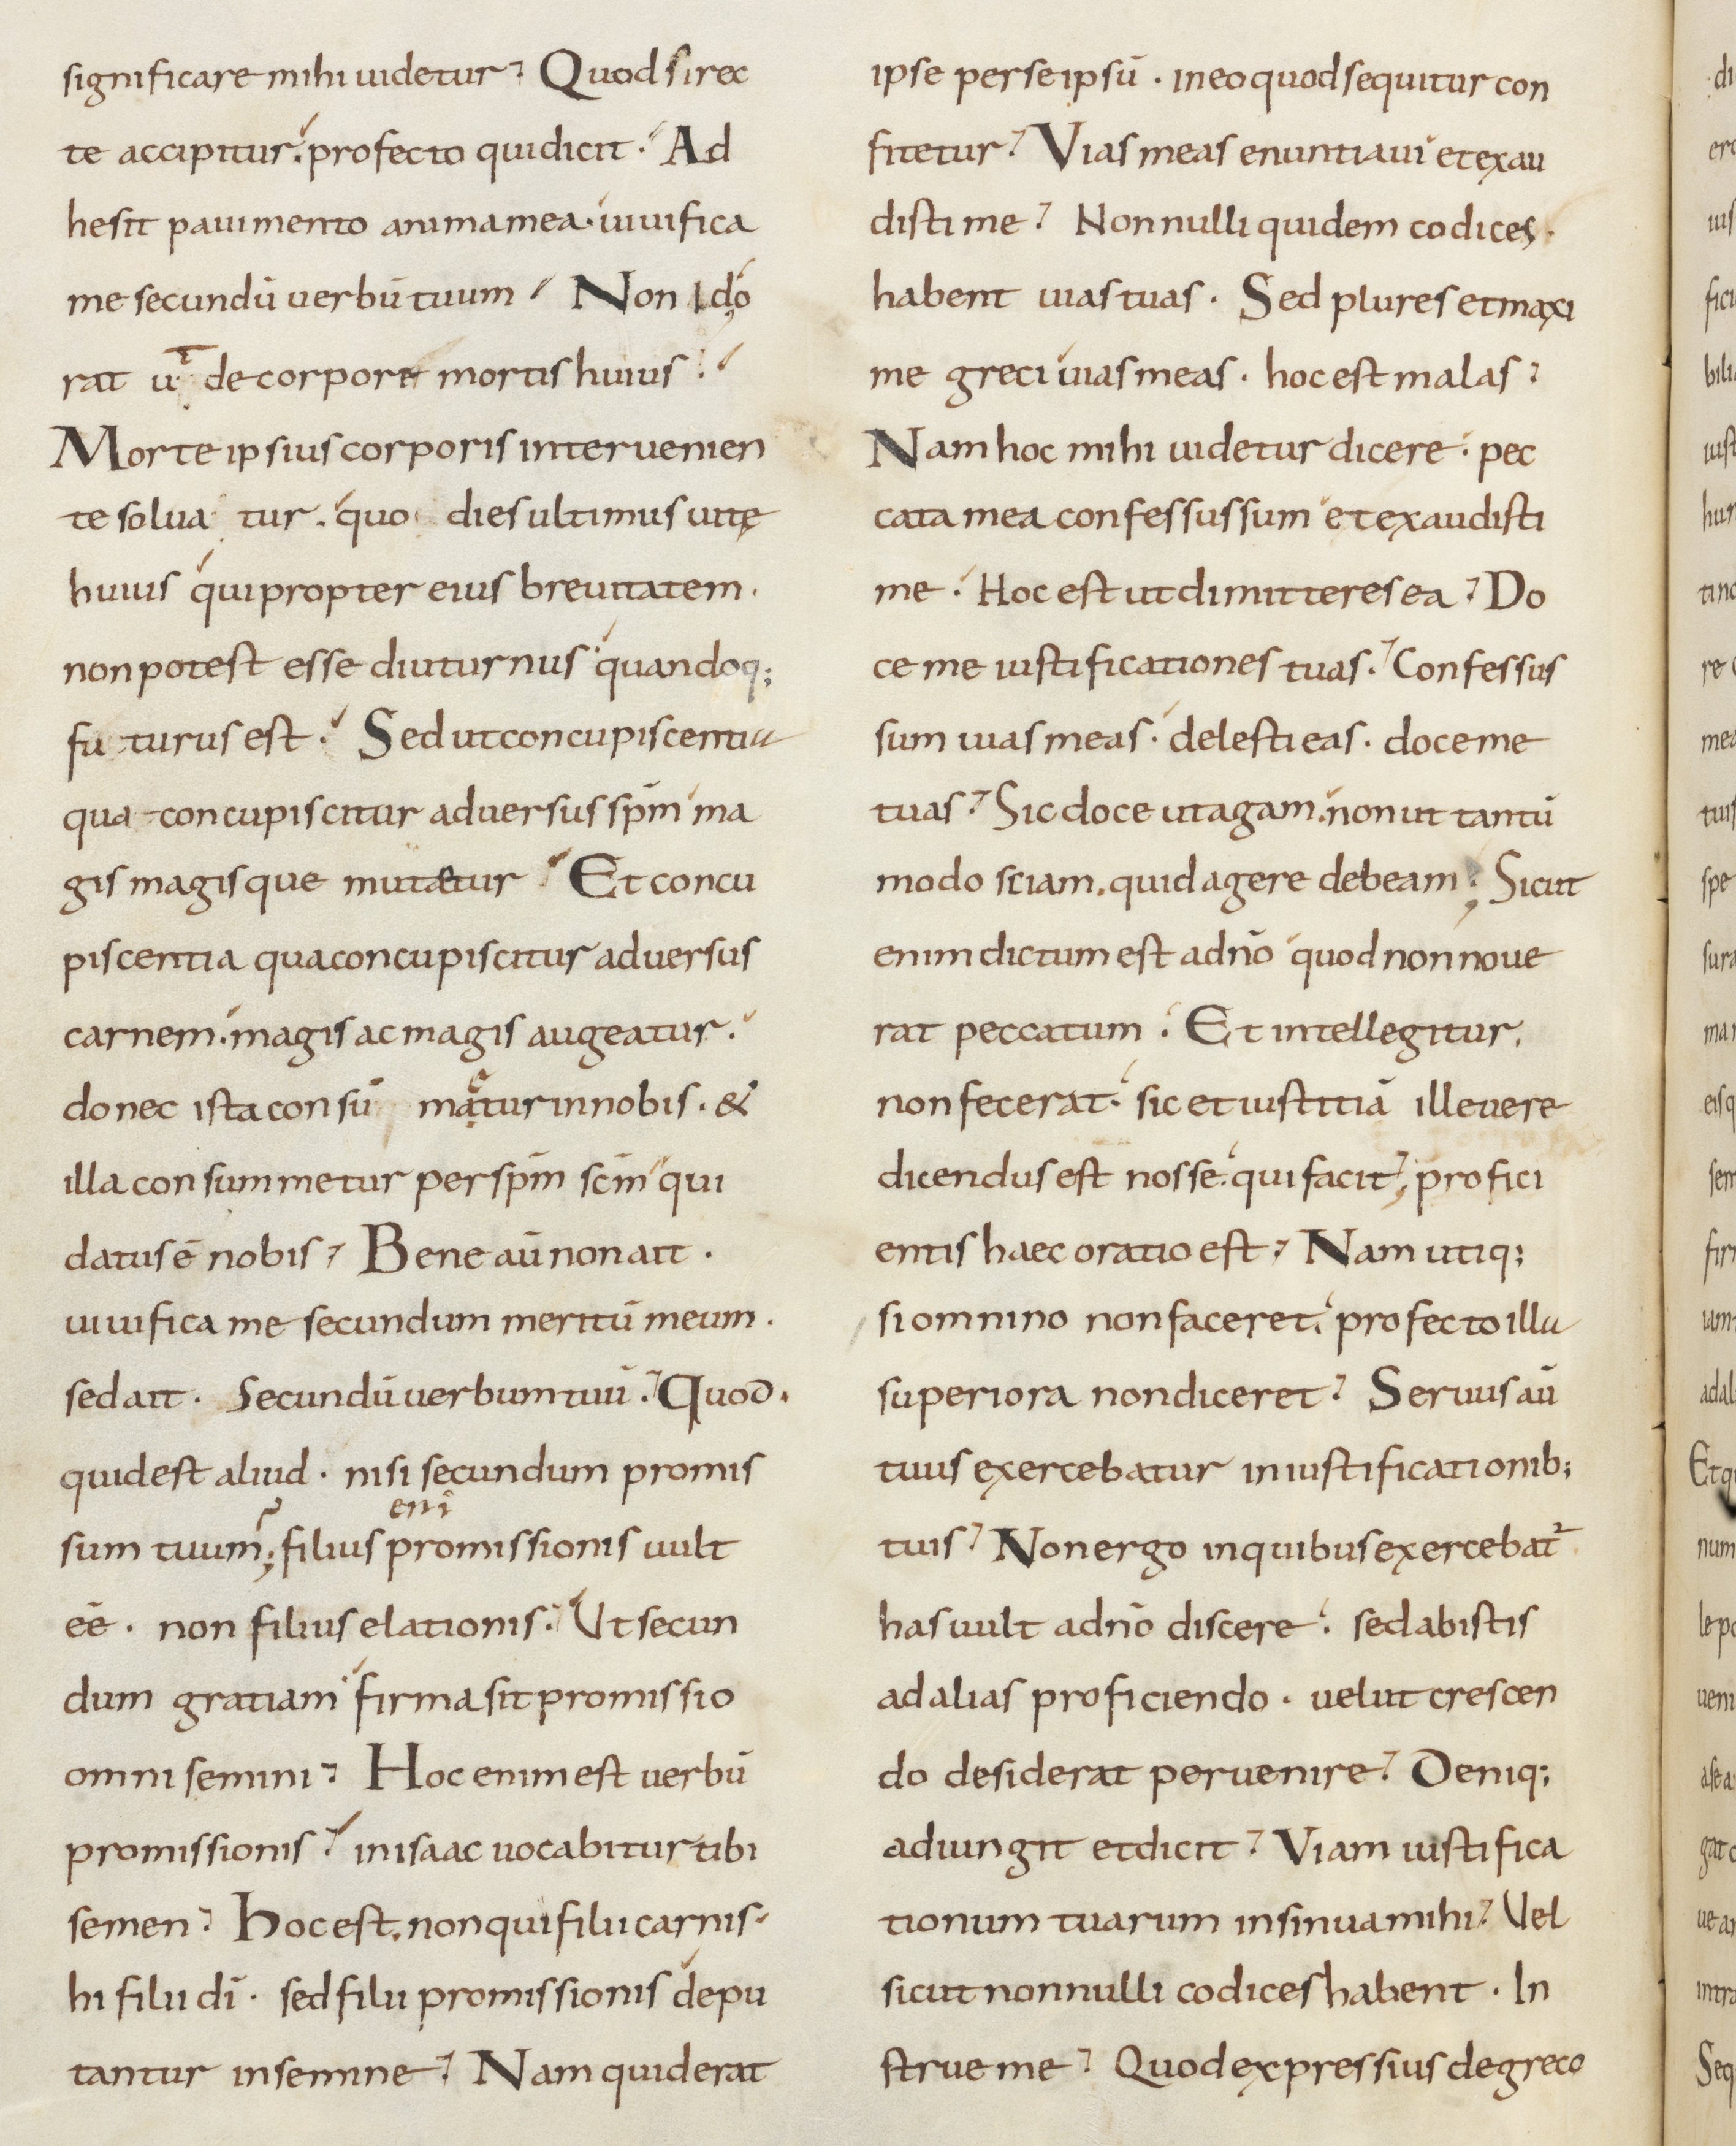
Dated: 800–899